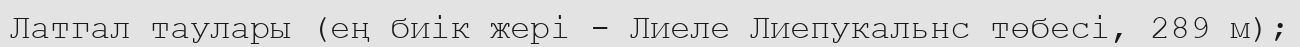
Латгал таулары (ең биік жері - Лиеле Лиепукальнс төбесі, 289 м);